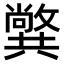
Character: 𠔷